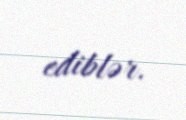
ediblər.